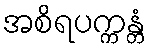
အစိရပက္ကန္တံ